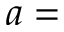
a =